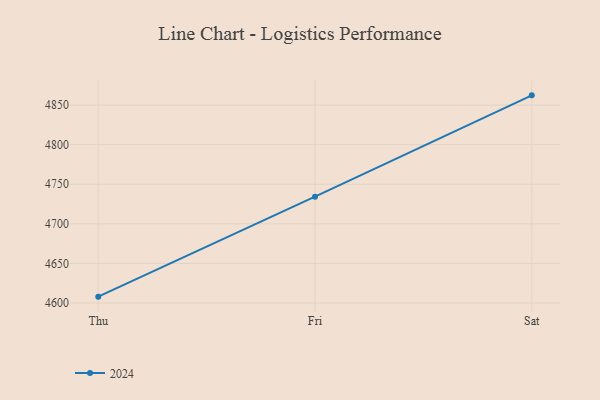
{"axis": {"x": "Day", "y": "Active Users"}, "legend": ["2024"], "data": [{"x": "Thu", "y": 4608.0, "type": "2024"}, {"x": "Fri", "y": 4734.3, "type": "2024"}, {"x": "Sat", "y": 4862.3, "type": "2024"}]}